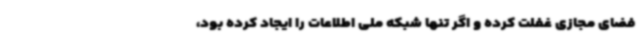
فضای مجازی غفلت کرده و اگر تنها شبکه ملی اطلاعات را ایجاد کرده بود،